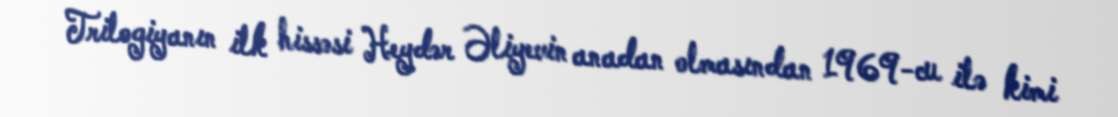
Trilogiyanın ilk hissəsi Heydər Əliyevin anadan olmasından 1969-cu ilə kimi